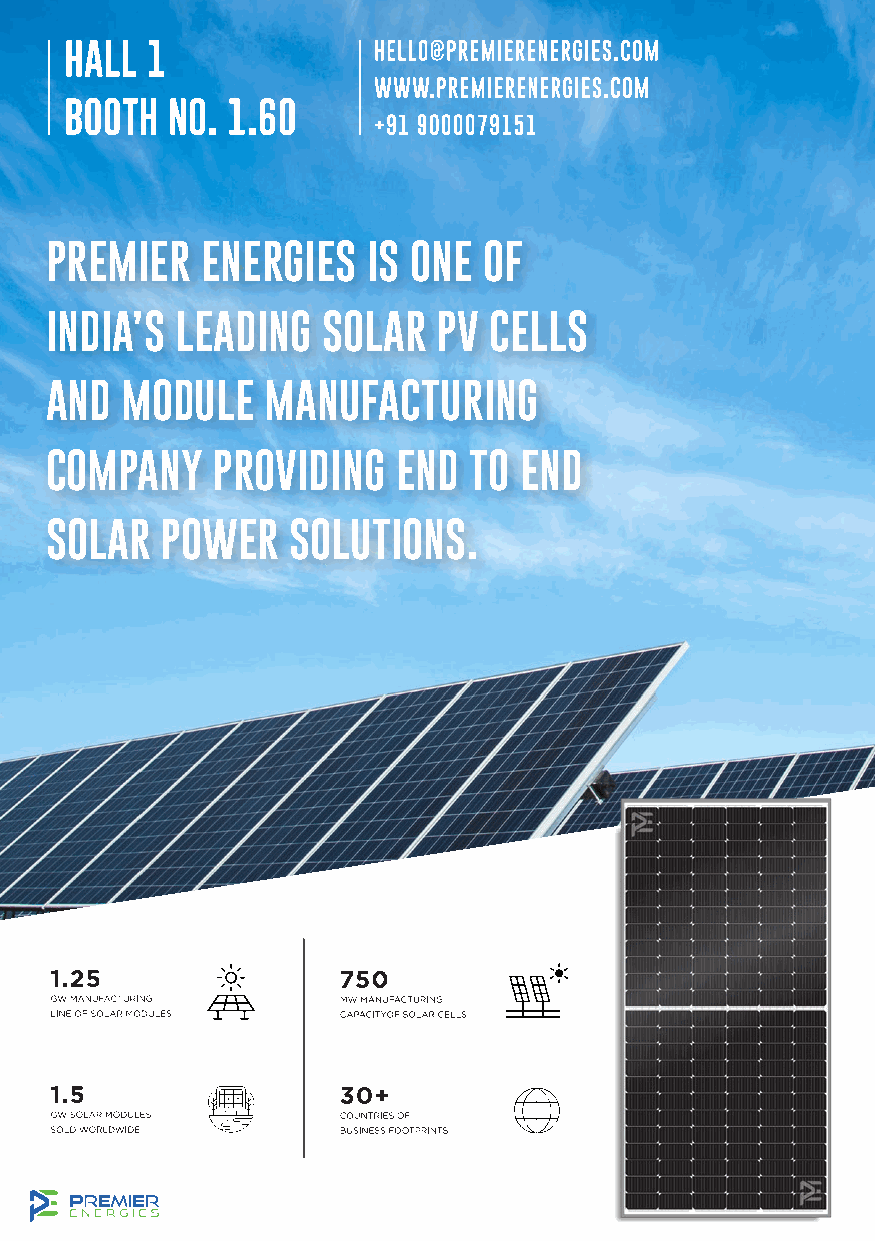
PREMIER   ENERGIES   IS ONE  OF
 INDIA’S  LEADING  SOLAR   PV CELLS
 AND  MODULE    MANUFACTURING
 COMPANY    PROVIDING   END  TO END
 SOLAR   POWER   SOLUTIONS.